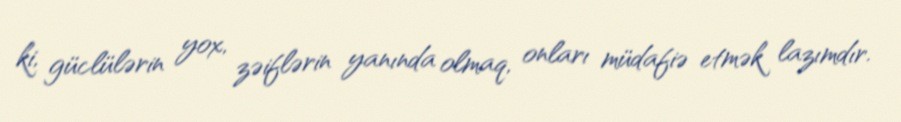
ki, güclülərin yox, zəiflərin yanında olmaq, onları müdafiə etmək lazımdır.